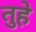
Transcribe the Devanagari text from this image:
तुहे